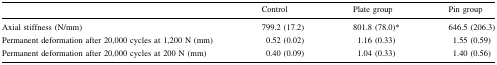
<table><thead><tr><td></td><td><b>Control</b></td><td><b>Plate group</b></td><td><b>Pin group</b></td></tr></thead><tbody><tr><td>Axial stiffness (N/mm)</td><td>799.2 (17.2)</td><td>801.8 (78.0)*</td><td>646.5 (206.3)</td></tr><tr><td>Permanent deformation after 20,000 cycles at 1,200 N (mm)</td><td>0.52 (0.02)</td><td>1.16 (0.33)</td><td>1.55 (0.59)</td></tr><tr><td>Permanent deformation after 20,000 cycles at 200 N (mm)</td><td>0.40 (0.09)</td><td>1.04 (0.33)</td><td>1.40 (0.56)</td></tr></tbody></table>